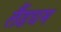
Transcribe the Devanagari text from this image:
लैंडधम